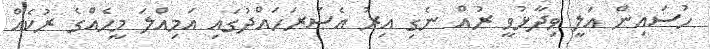
ހުސައިން އަލީ ވިދާޅުވީ ރުއް ނެގި އިރު އެސަރަހައްދުގައި އަމިއްލަ މީހެއްގެ ރުކެއް